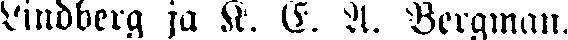
Lindberg ja K. E. A. Bergman.